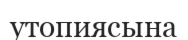
утопиясына